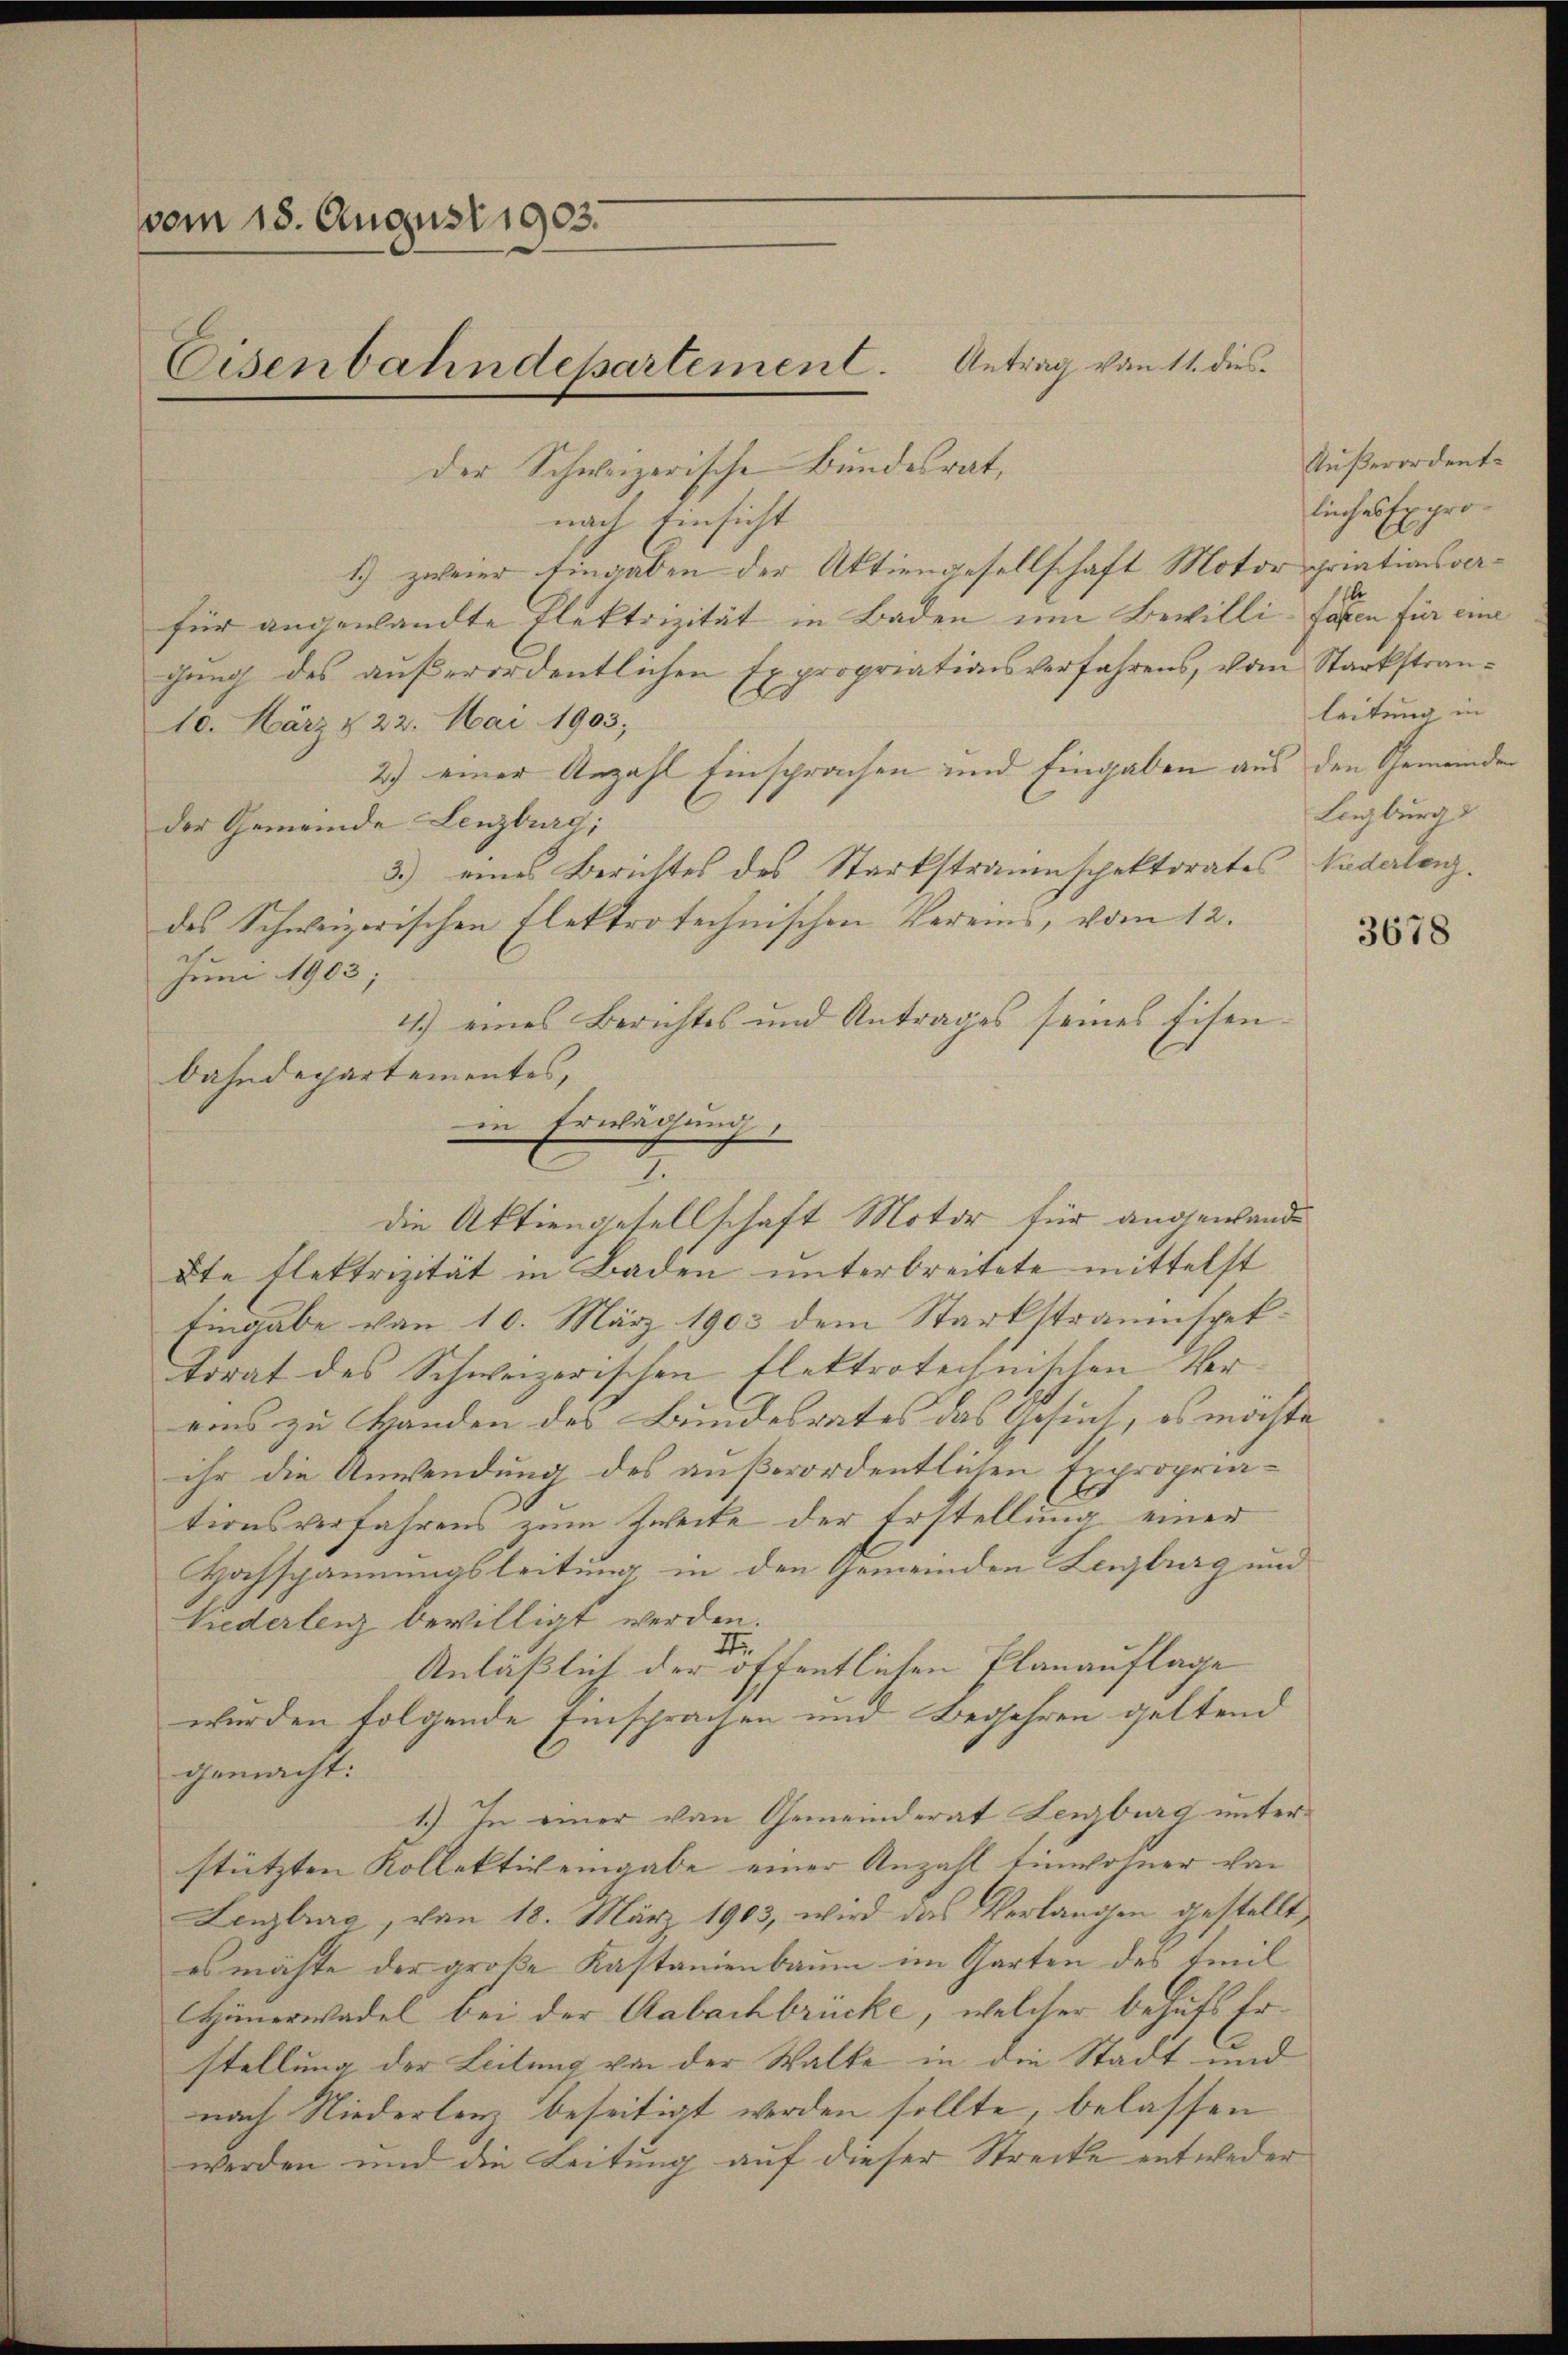
vom 18. August 1903.

Eisenbahndepartement. Antrag von 11. dies

der Schweizerische Bundesrat,
nach Einsicht
1.) zweier Eingaben der Aktiengesellschaft Motor priationsverfür angewandte Plektrizität in Baden um Bewilli fassen für eine
gung des außerordentlichen Expropriationsverfahrens, vom Starkstran¬
10. März & 22. Mai 1903.
2) einer Anzahl Einsprachen und Eingaben aus den Gemeinde
der Gemeinde Lenzburg;
3.) eines Berichtes des Starkstrauenspektorates Nadelenz.
des Schweizerischen Elektrotechnischen Vereins, vom 12.
Juni 1903;
4.) eines Berichtes und Antrages seines Eisen.
Bahndepartementes,
kte flektrizität in Baden unterbreitete mittelst
Eingabe von 10. März 1903 dem Starkstraumspektorat des Schweizerischen Flektrotechnischen Vereins zu Handen des Bundesrates das Gesuch, es möchte
ihr die Anwendung des außerordentlichen Expropriationsverfahrens zum Zweite der Erstellung einer
Hochspannungsleitung in den Gemeinden Leigburg und
Viederlenz bewilligt werden.
u
7
Anläßlich der öffentlichen Planauflage
wurden folgende Einsprachen und Begehren geltend
gemacht:
1.) In einer von Gemeinderat Lenzburg unter
stützten Kollektiv eingabe einer Anzahl Einwohner von
Lenzburg, von 18. März 1903, wird das Verlangen gestellt,
es möchte der große Kastanienbaum im Garten des Emil
Hänerwadel bei der Aabachbrücke, welcher behufs Erstellung der Leitung von der Walke in die Stadt und
nach Niederlenz beseitigt werden sollte, belassen
werden und die Leitung auf dieser Strecke entweder

in Erwägung
7
die Aktiengesellschaft Motor für angewande

Außerordent.
liches Exproleitung in
Lenzburg

3678